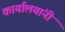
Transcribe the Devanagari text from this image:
कार्यालयांनी